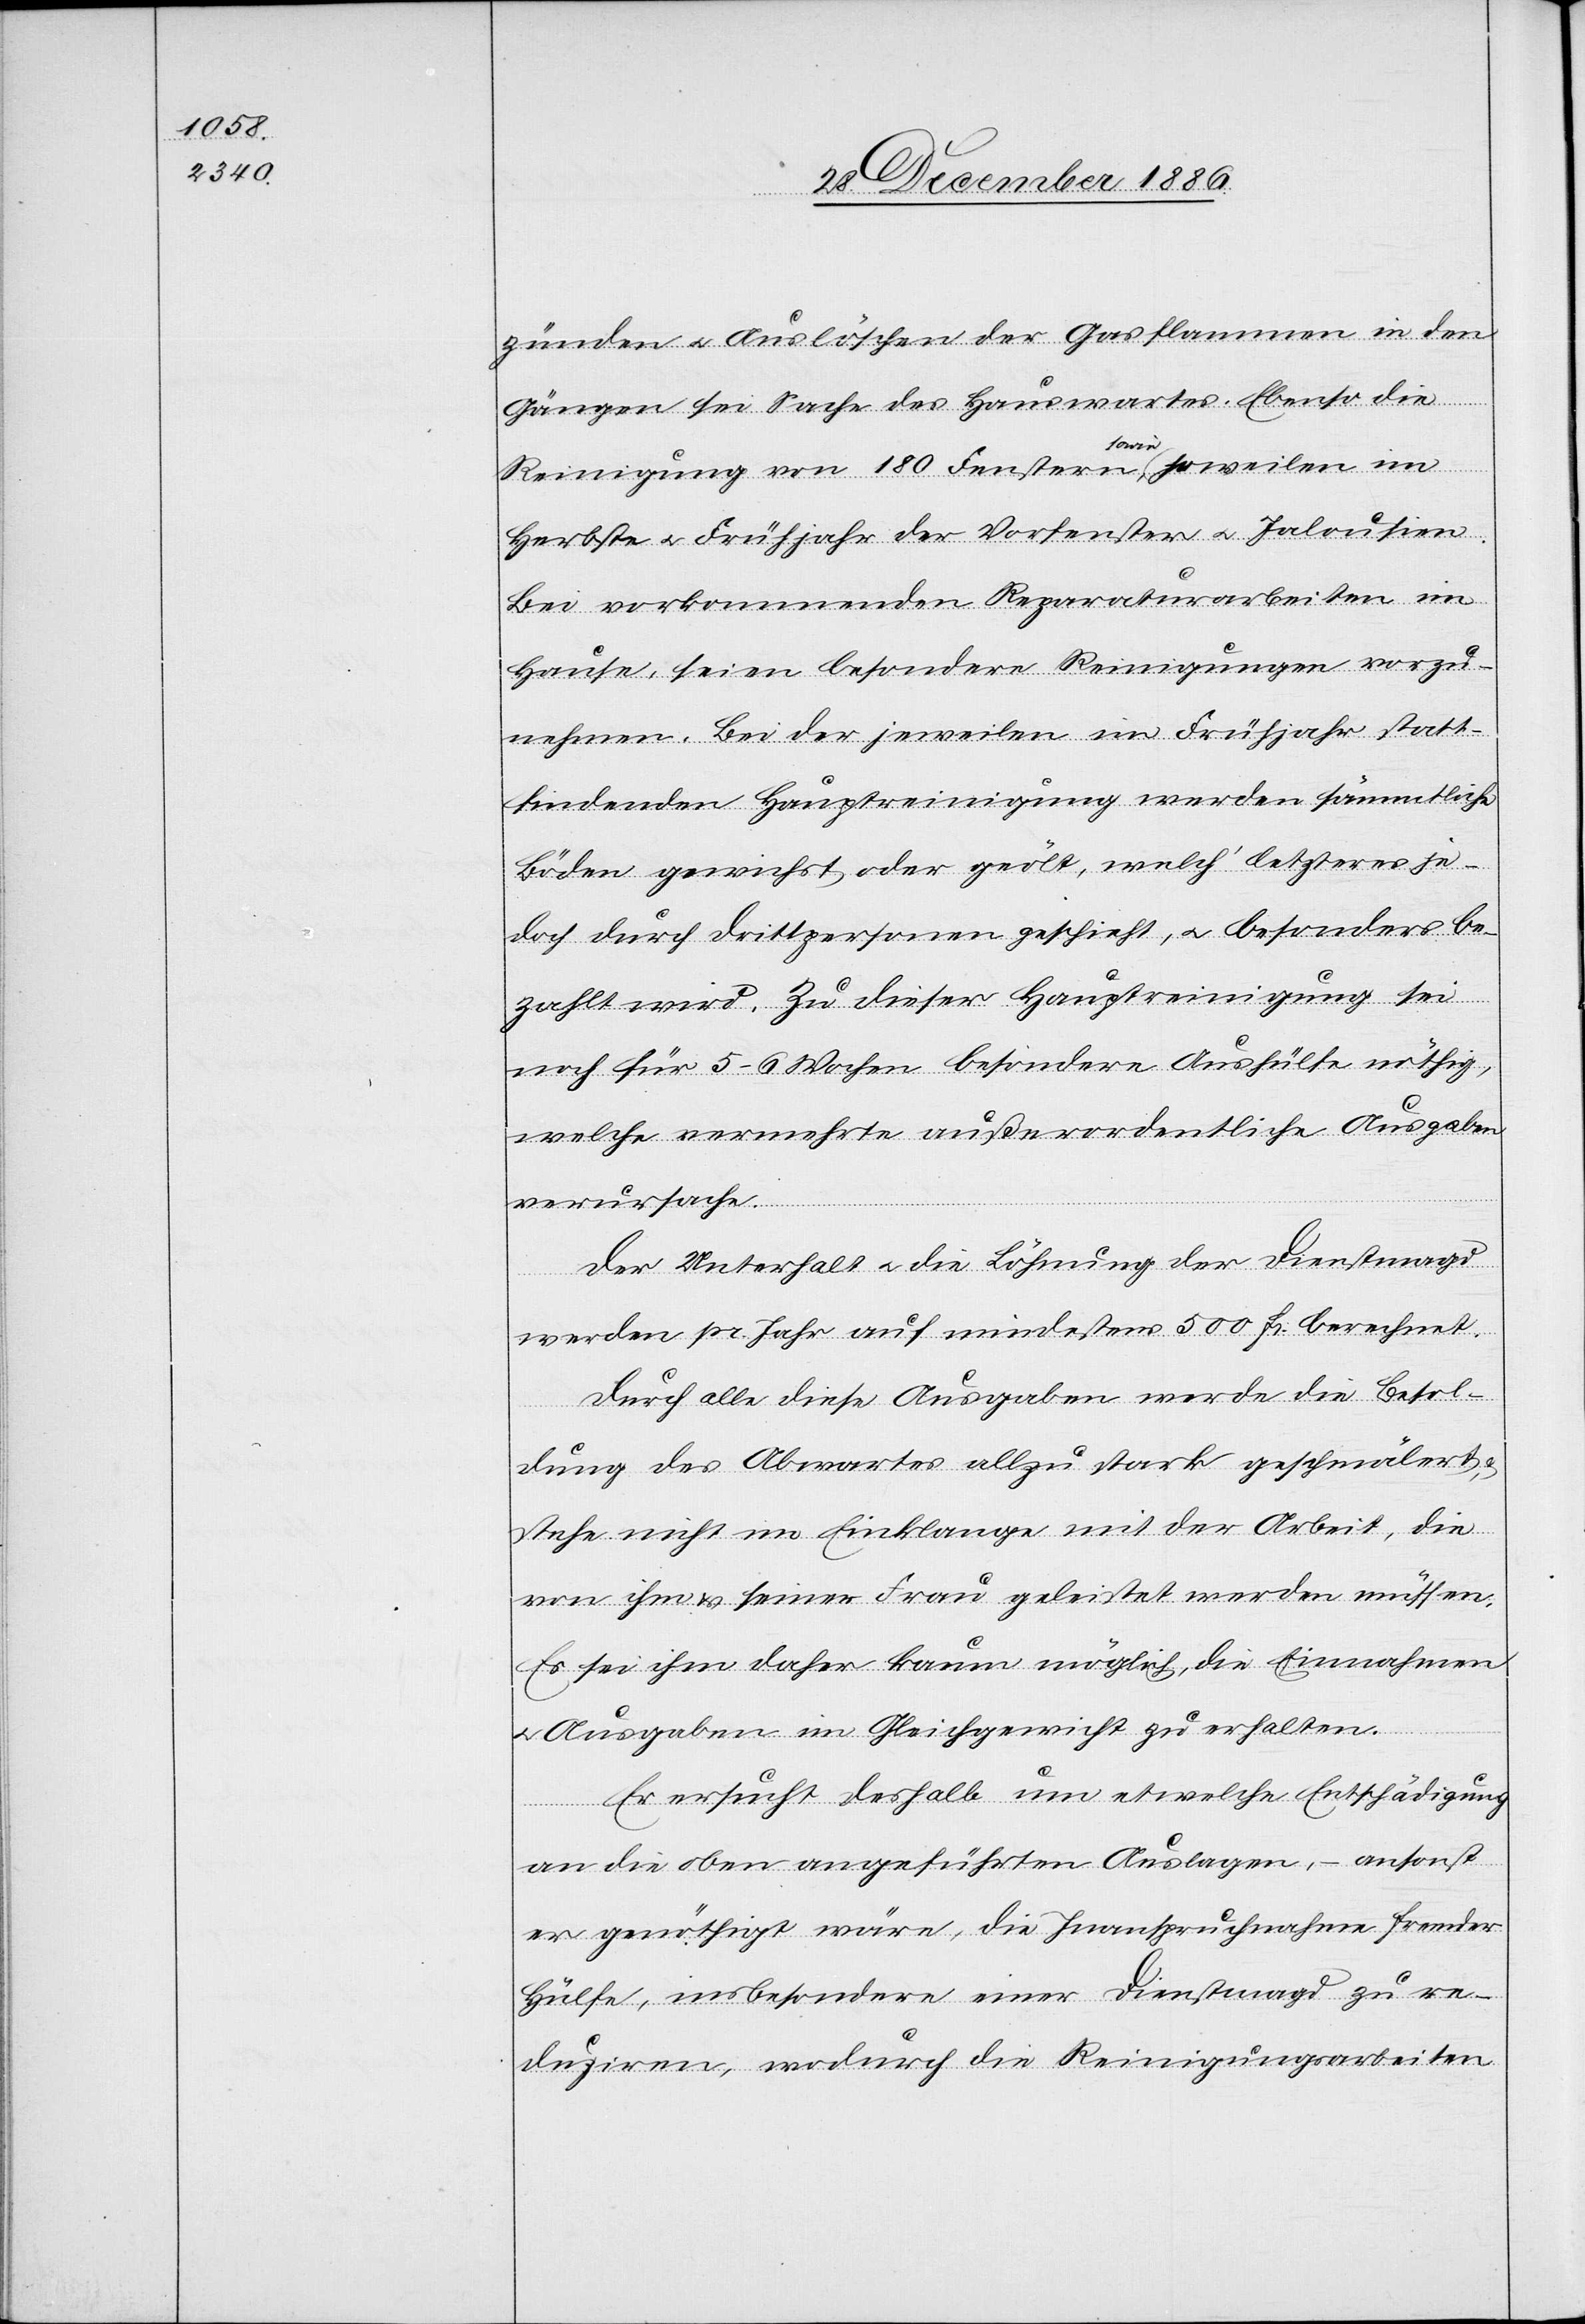
zünden & Auslöschen der Gasflammen in den
Gängen sei Sache des Hauswartes. Ebenso die
Reinigung von 180 Fenstern, sowie jeweilen im
Herbste & Frühjahr der Vorfenster & Jalousien.
Bei vorkommenden Reparaturarbeiten im
Hause, seien besondere Reinigungen vorzu¬
nehmen. Bei der jeweilen im Frühjahr statt¬
findenden Hauptreinigung werden sämmtliche
Böden gewichst oder geölt, welch’ letzteres je¬
doch durch Drittpersonen geschieht, & besonders be¬
zahlt wird. Zu dieser Hauptreinigung sei
noch für 5–6 Wochen besondere Aushülfe nöthig,
welche vermehrte außerordentliche Ausgaben
verursache.
Der Unterhalt & die Löhnung der Dienstmagd
werden pr. Jahr auf mindestens 500 Fr. berechnet.
Durch alle diese Ausgaben werde die Besol¬
dung des Abwartes allzu stark geschmälert,
stehe nicht im Einklange mit der Arbeit, die
von ihm & seiner Frau geleistet werden müssen.
Es sei ihm daher kaum möglich, die Einnahmen
Ausgaben im Gleichgewicht zu erhalten.
Er ersucht deshalb um etwelche Entschädigung
an die oben angeführten Auslagen, – ansonst
er genöthigt wäre, die Inanspruchnahme fremder
Hülfe, insbesondere einer Dienstmagd zu re¬
duziren, wodurch die Reinigungsarbeiten